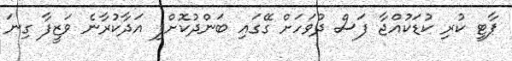
ޕާޓީ ކުރި ކުޑަކުއްޖާ ފަސް ދުވަހަށް ގޭގައި ބަންދުކޮށްފި އަދާކުރާނެ ވަޒީފާ ގިނަ